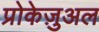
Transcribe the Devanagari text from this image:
प्रोकेज़ुअल